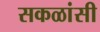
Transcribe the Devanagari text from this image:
सकळांसी